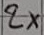
Text: 2X